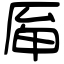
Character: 𠩯